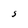
Character: S